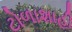
ટોળાશાહી